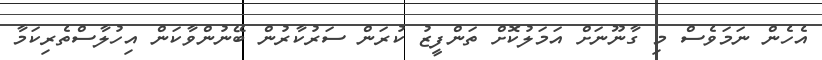
އެހެން ނަމަވެސް މި ގާނޫނަށް އަމަލުކޮށް ތަންފީޒު ކުރަން ސަރުކާރުން ބޭނުންވާކަން އިހުލާސްތެރިކަމާ